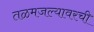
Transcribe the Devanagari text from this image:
तळमजल्यावरची